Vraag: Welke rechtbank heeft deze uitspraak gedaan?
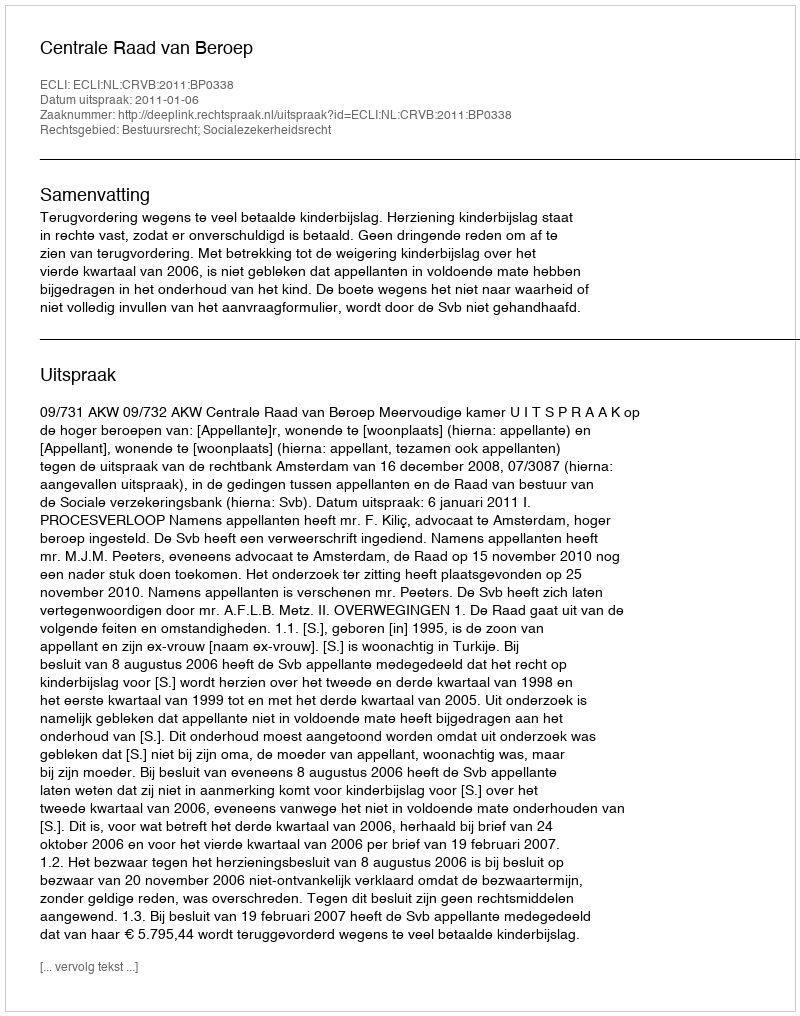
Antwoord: Centrale Raad van Beroep